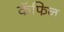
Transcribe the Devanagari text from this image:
कॅफिन